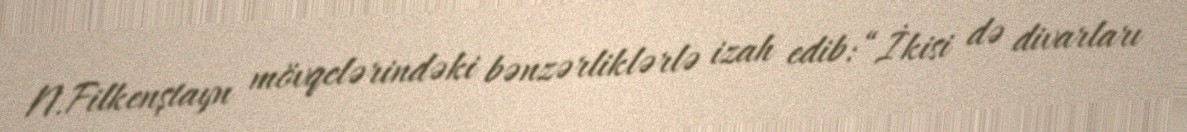
N.Filkenştayn mövqelərindəki bənzərliklərlə izah edib: “İkisi də divarları